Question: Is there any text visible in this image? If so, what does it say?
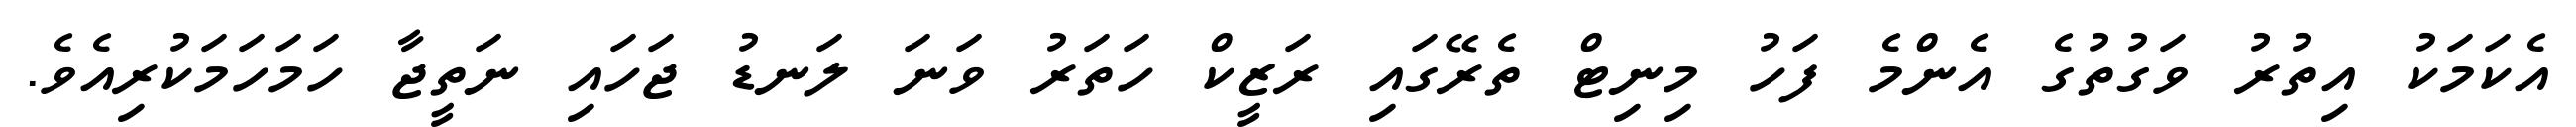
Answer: އެކަމަކު އިތުރު ވަގުތުގެ އެންމެ ފަހު މިނިޓް ތެރޭގައި ރަޒީކް ހަތަރު ވަނަ ލަނޑު ޖަހައި ނަތީޖާ ހަމަހަމަކުރިއެވެ.